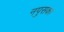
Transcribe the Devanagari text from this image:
नपुसका